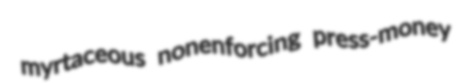
myrtaceous nonenforcing press-money